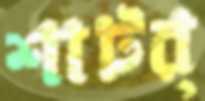
শাটর্